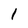
Character: 1